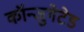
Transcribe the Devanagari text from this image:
कॉन्जुगेटेड